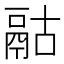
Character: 𩰯